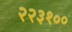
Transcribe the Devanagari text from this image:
२२३१००